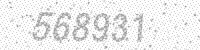
Solution: 568931